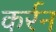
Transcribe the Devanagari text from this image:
कर्रन